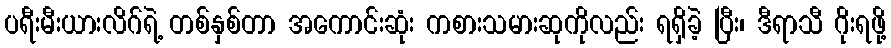
ပရီးမီးယားလိဂ်ရဲ့ တစ်နှစ်တာ အကောင်းဆုံး ကစားသမားဆုကိုလည်း ရရှိခဲ့ ပြီး၊ ဒီရာသီ ဂိုးရဖို့